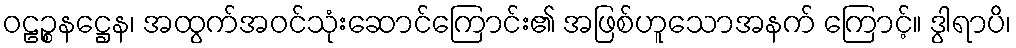
ဝဠဉ္စနဋ္ဌေန၊ အထွက်အဝင်သုံးဆောင်ကြောင်း၏ အဖြစ်ဟူသောအနက် ကြောင့်။ ဒွါရာပိ၊